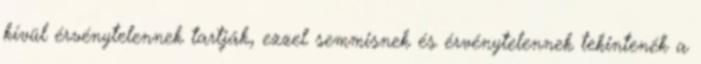
kívül érvénytelennek tartják, ezzel semmisnek és érvénytelennek tekintenék a